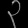
Digit: ၃